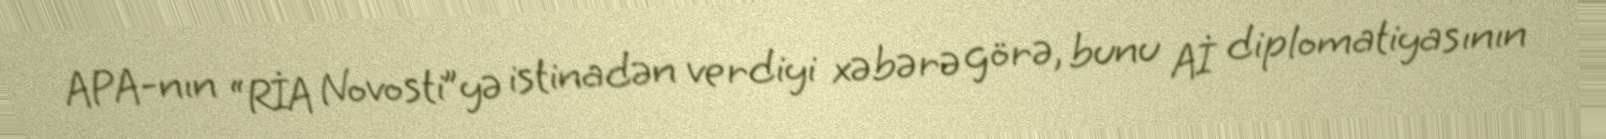
APA-nın “RİA Novosti”yə istinadən verdiyi xəbərə görə, bunu Aİ diplomatiyasının